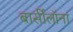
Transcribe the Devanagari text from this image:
बार्सीलॉना